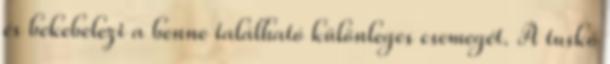
és bekebelezi a benne található különleges csemegét. A tuskó